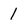
Character: 1